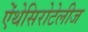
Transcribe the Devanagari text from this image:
ऐंथेसिरोटेलीज